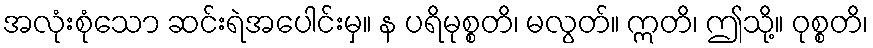
အလုံးစုံသော ဆင်းရဲအပေါင်းမှ။ န ပရိမုစ္စတိ၊ မလွတ်။ ဣတိ၊ ဤသို့။ ဝုစ္စတိ၊